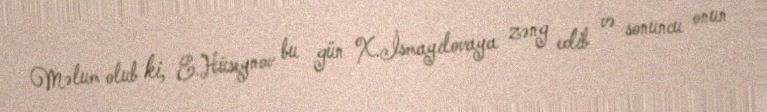
Məlum olub ki, E.Hüseynov bu gün X.İsmayılovaya zəng edib və sonuncu onun